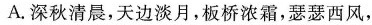
A.深秋清晨，天边淡月，板桥浓霜，瑟瑟西风，